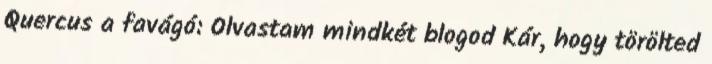
Quercus a favágó: Olvastam mindkét blogod Kár, hogy törölted